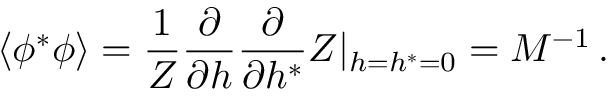
\left\langle \phi ^ { * } \phi \right\rangle = { \frac { 1 } { Z } } { \frac { \partial } { \partial h } } { \frac { \partial } { \partial h ^ { * } } } Z | _ { h = h ^ { * } = 0 } = M ^ { - 1 } \, .